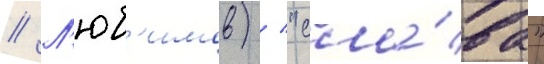
// Л'юб'имов) / "сла́ва"